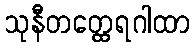
သုနီတတ္ထေရဂါထာ